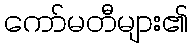
ကော်မတီများ၏